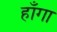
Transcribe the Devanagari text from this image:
हाँगा